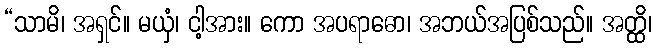
“သာမိ၊ အရှင်။ မယှံ၊ ငါ့အား။ ကော အပရာဓော၊ အဘယ်အပြစ်သည်။ အတ္ထိ၊